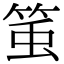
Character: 𥭥